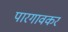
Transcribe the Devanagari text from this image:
पारगावकर